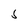
Character: 5